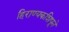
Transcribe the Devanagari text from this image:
हिराण्यकशिपूने